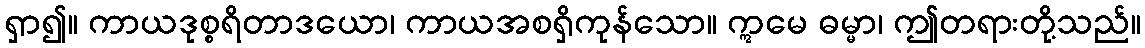
ရှာ၍။ ကာယဒုစ္စရိတာဒယော၊ ကာယအစရှိကုန်သော။ ဣမေ ဓမ္မာ၊ ဤတရားတို့သည်။